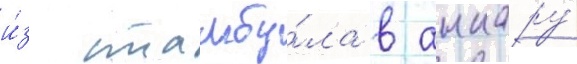
и́з стамбу́ла в анкару́